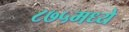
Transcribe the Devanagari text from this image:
८७५मध्ये